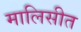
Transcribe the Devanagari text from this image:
मालिसीत